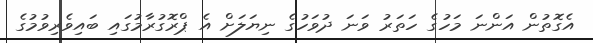
އެގޮތުން އަންނަ މަހުގެ ހަތަރު ވަނަ ދުވަހުގެ ނިޔަލަށް އެ ޕްރޮގުރާމުގައި ބައިވެރިވުމުގެ